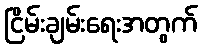
ငြိမ်းချမ်းရေးအတွက်